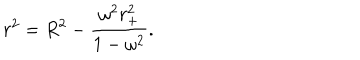
LaTeX: r ^ { 2 } = R ^ { 2 } - \frac { \omega ^ { 2 } r _ { + } ^ { 2 } } { 1 - \omega ^ { 2 } } .